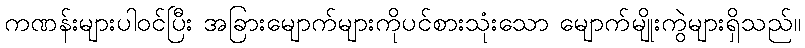
ကဏန်းများပါဝင်ပြီး အခြားမျောက်များကိုပင်စားသုံးသော မျောက်မျိုးကွဲများရှိသည်။